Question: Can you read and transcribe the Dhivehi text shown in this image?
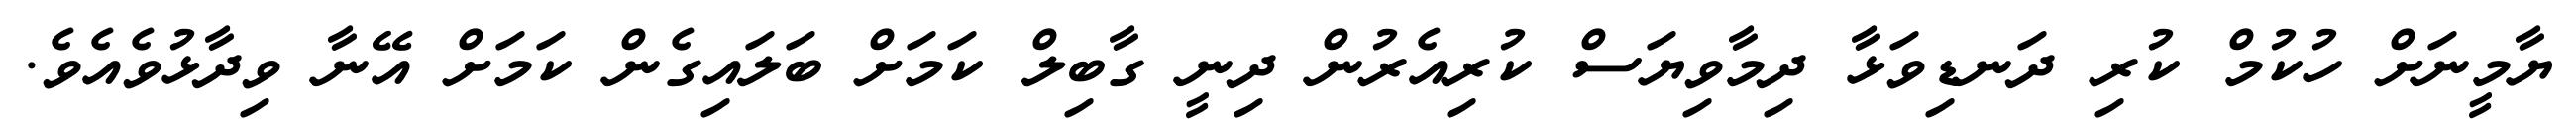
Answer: ޔާމީނަށް ހުކުމް ކުރި ދަނޑިވަޅާ ދިމާވިޔަސް ކުރިއެރުން ދިނީ ގާބިލް ކަމަށް ބަލައިގެން ކަމަށް އޭނާ ވިދާޅުވެއެވެ.